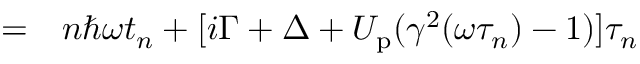
\begin{array} { r l } { = } & { { } n \hbar \omega t _ { n } + [ i \Gamma + \Delta + U _ { \mathrm { p } } ( \gamma ^ { 2 } ( \omega \tau _ { n } ) - 1 ) ] \tau _ { n } } \end{array}